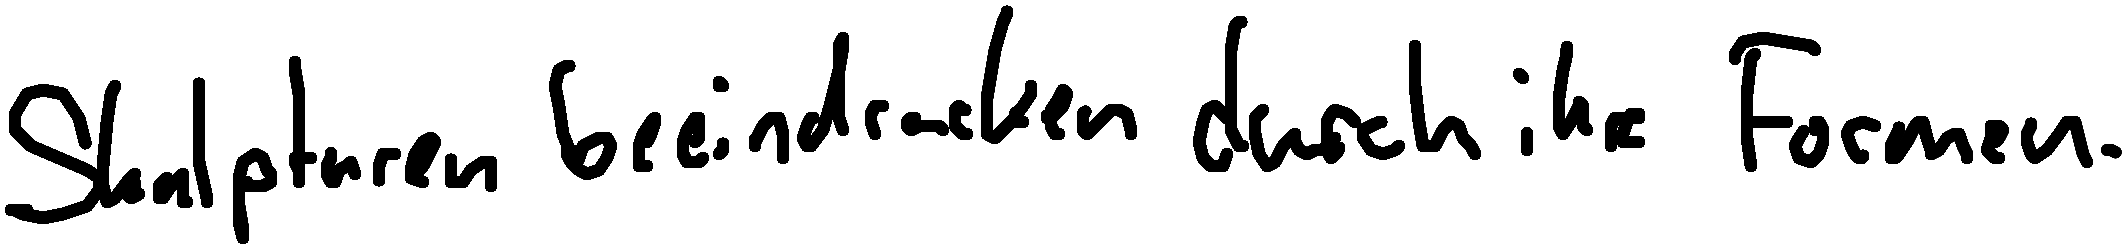
Skulpturen beeindrucken durch ihre Formen.